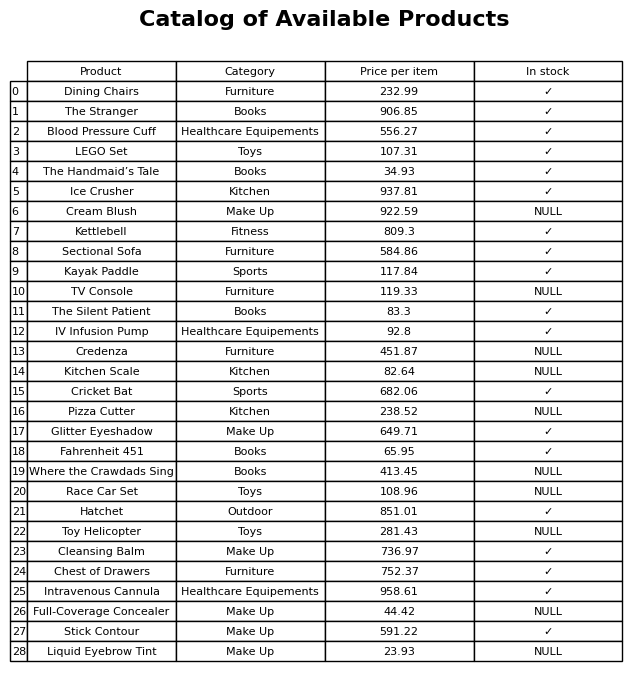
question: What is the stock status of the Hatchet?
answer: ✓